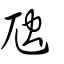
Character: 虺